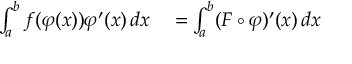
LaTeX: \begin{array} { r l } { \int _ { a } ^ { b } f ( \varphi ( x ) ) \varphi ^ { \prime } ( x ) \, d x } & { { } = \int _ { a } ^ { b } ( F \circ \varphi ) ^ { \prime } ( x ) \, d x } \end{array}